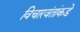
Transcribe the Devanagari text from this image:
विचारवंतांकडे